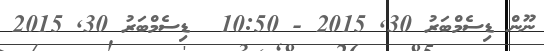
ނޫން ޑިސެމްބަރު 30